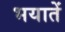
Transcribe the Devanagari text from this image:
भयातें